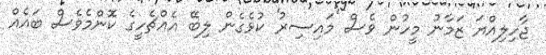
ޖާހިލިއްޔަ ޒަމާނު މީހުން ވެސް 'މައިސިރު' ކުޅެގެން ލިބޭ އެއްޗެހީގެ ކޮންމެވެސް ބައެއް